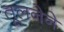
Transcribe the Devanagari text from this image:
तूलनेने